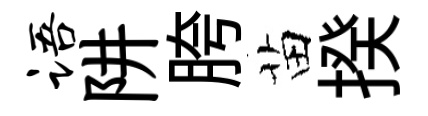
语阱胯苗揆